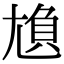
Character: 𡯿